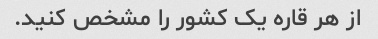
از هر قاره یک کشور را مشخص کنید.